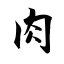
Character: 肉